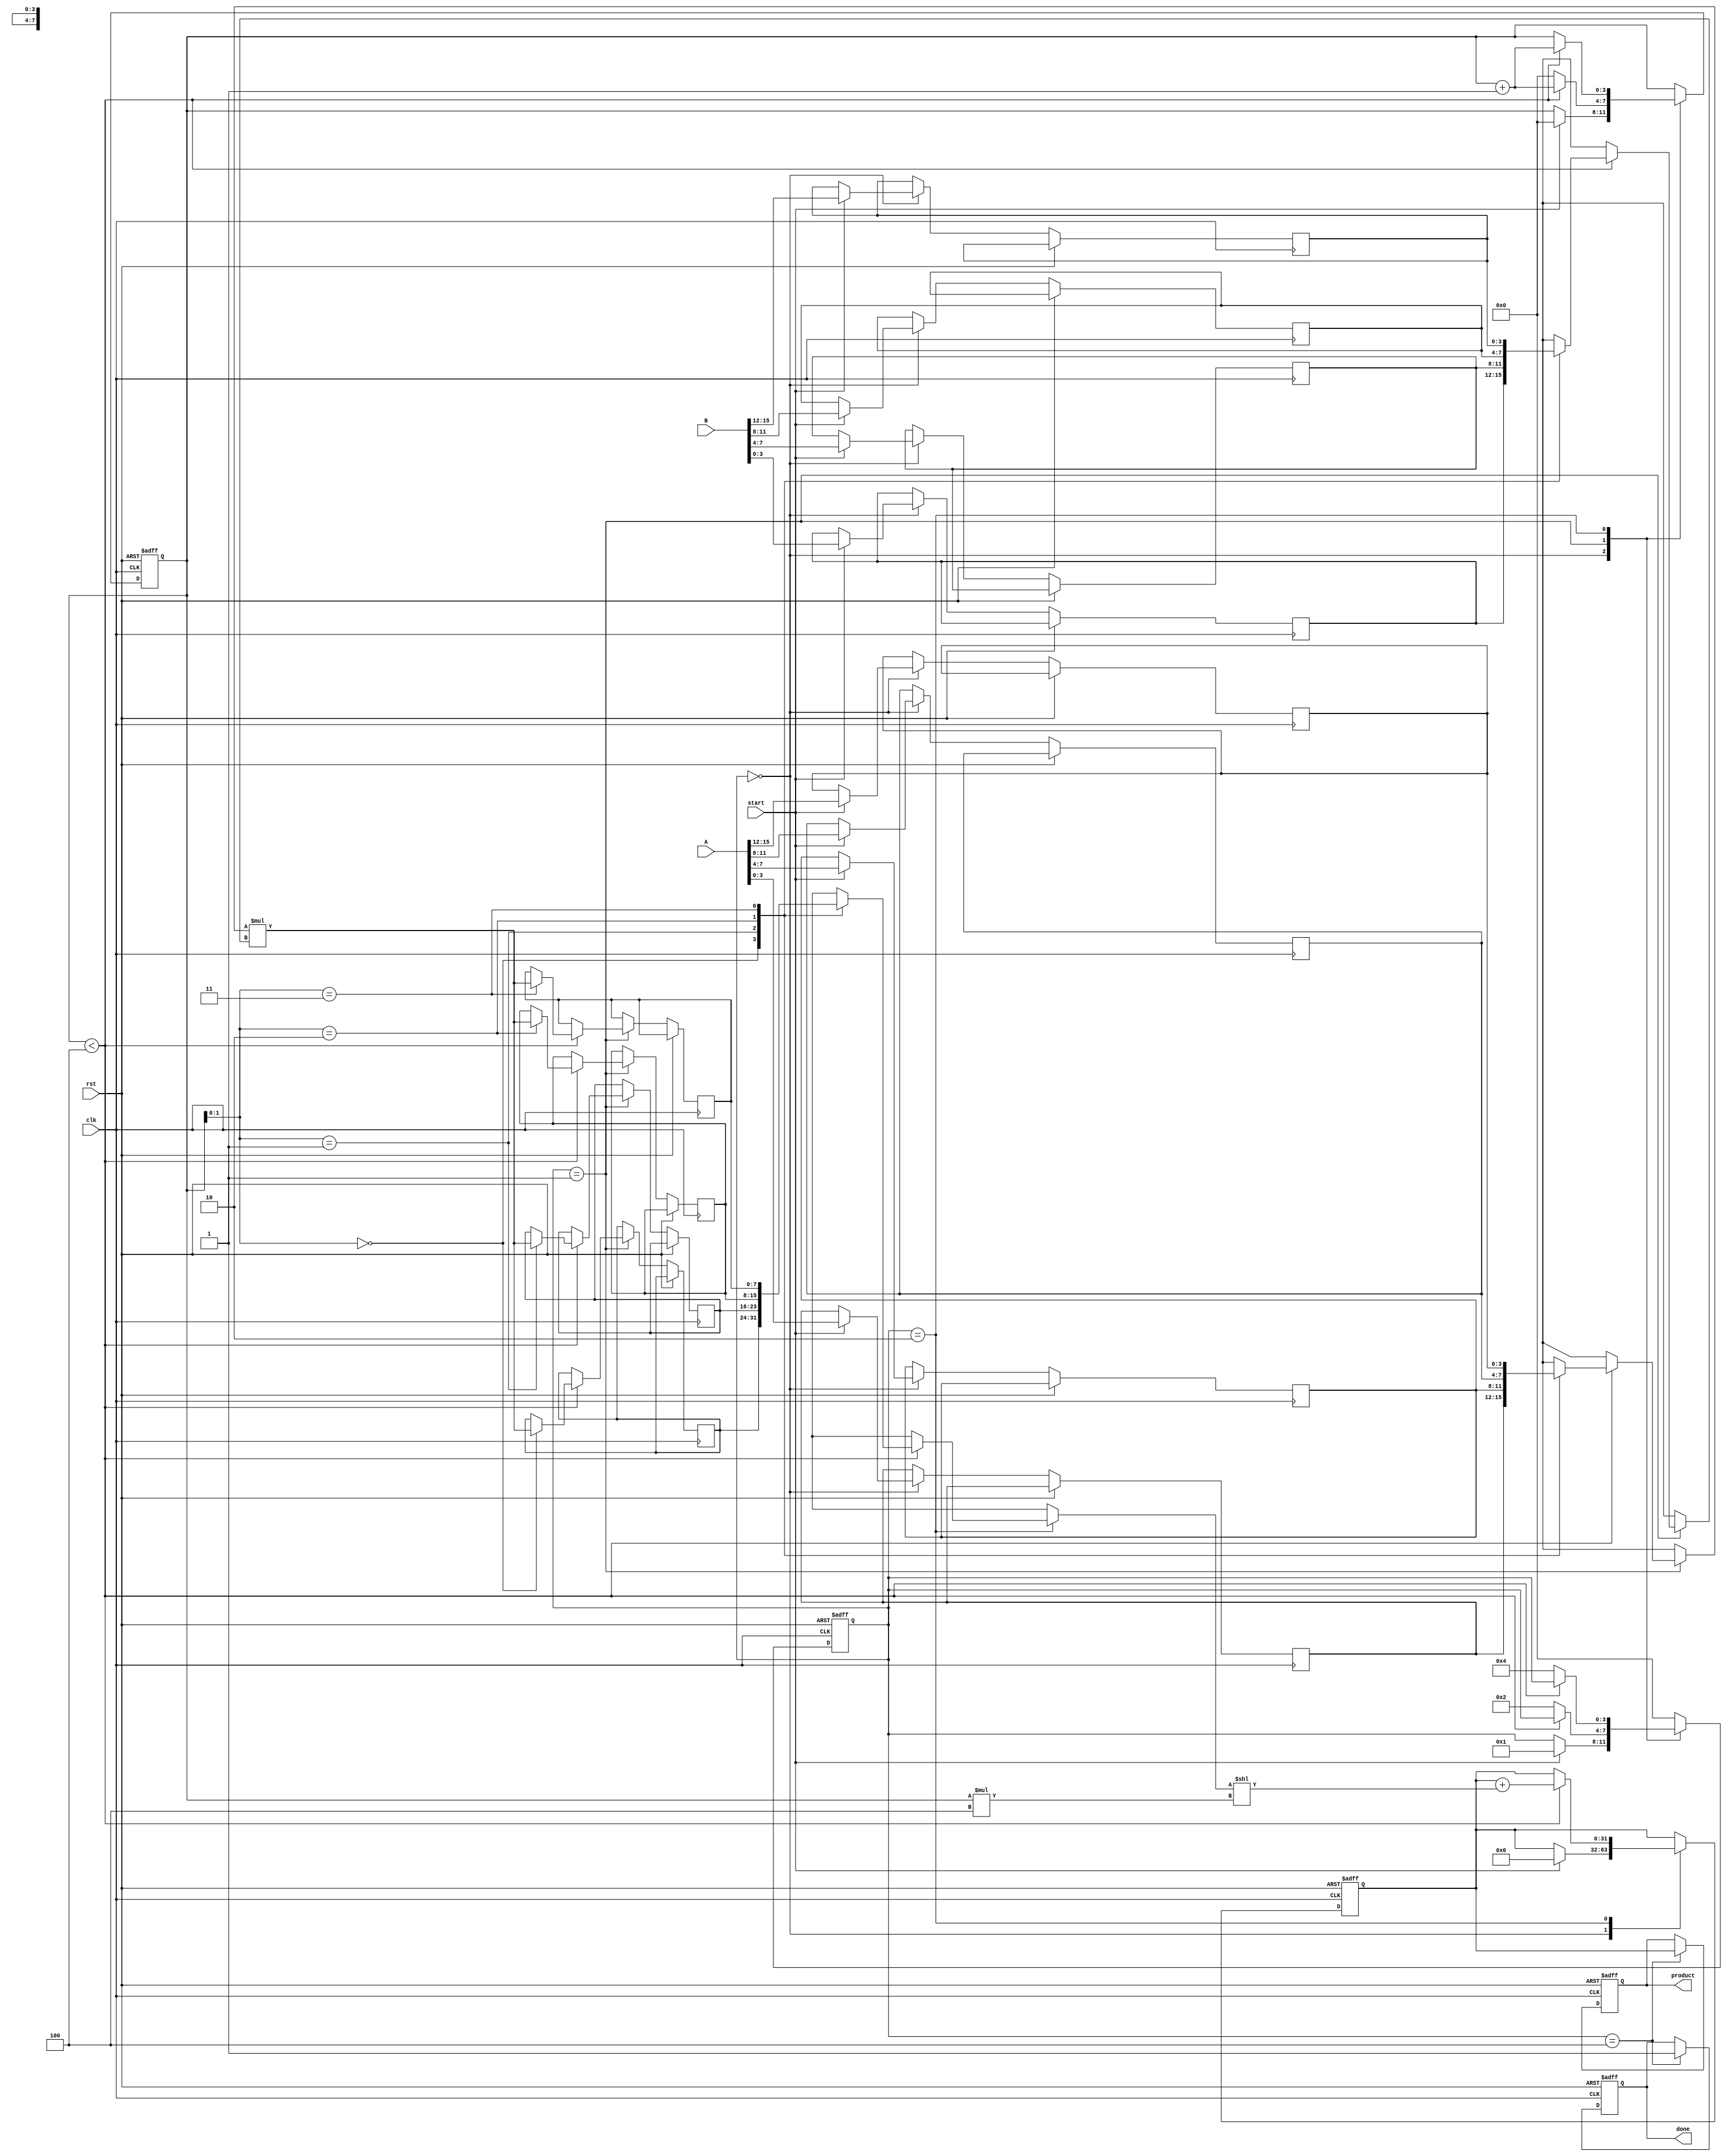
module pipelined_sliced_multiplier #(
    parameter DATA_WIDTH = 16,  // Total width of the operands
    parameter SLICE_WIDTH = 4    // Width of each slice
)(
    input wire clk,
    input wire rst,
    input wire [DATA_WIDTH-1:0] A,
    input wire [DATA_WIDTH-1:0] B,
    input wire start,
    output reg [2*DATA_WIDTH-1:0] product,
    output reg done
);

    localparam NUM_SLICES = DATA_WIDTH / SLICE_WIDTH;
    
    reg [SLICE_WIDTH-1:0] A_slices [0:NUM_SLICES-1];
    reg [SLICE_WIDTH-1:0] B_slices [0:NUM_SLICES-1];
    reg [2*SLICE_WIDTH-1:0] partial_products [0:NUM_SLICES-1];
    
    reg [3:0] state; // State for control logic
    reg [3:0] slice_index; // Current slice index
    reg [2*DATA_WIDTH-1:0] accumulated_product; // Accumulated product

    // State encoding
    localparam IDLE = 0;
    localparam LOAD_SLICES = 1;
    localparam COMPUTE = 2;
    localparam ACCUMULATE = 3;
    localparam DONE = 4;

    // Slice the inputs
    integer i;
    always @(posedge clk or posedge rst) begin
        if (rst) begin
            state <= IDLE;
            done <= 0;
            product <= 0;
            slice_index <= 0;
            accumulated_product <= 0;
        end else begin
            case (state)
                IDLE: begin
                    if (start) begin
                        // Load slices
                        for (i = 0; i < NUM_SLICES; i = i + 1) begin
                            A_slices[i] <= A[(i+1)*SLICE_WIDTH-1 -: SLICE_WIDTH];
                            B_slices[i] <= B[(i+1)*SLICE_WIDTH-1 -: SLICE_WIDTH];
                        end
                        state <= LOAD_SLICES;
                        slice_index <= 0;
                        accumulated_product <= 0;
                    end
                end

                LOAD_SLICES: begin
                    if (slice_index < NUM_SLICES) begin
                        // Compute partial product for the current slice
                        partial_products[slice_index] <= A_slices[slice_index] * B_slices[slice_index];
                        slice_index <= slice_index + 1;
                    end else begin
                        state <= COMPUTE;
                        slice_index <= 0;
                    end
                end

                COMPUTE: begin
                    if (slice_index < NUM_SLICES) begin
                        // Accumulate the partial products
                        accumulated_product <= accumulated_product + (partial_products[slice_index] << (slice_index * SLICE_WIDTH));
                        slice_index <= slice_index + 1;
                    end else begin
                        state <= DONE;
                    end
                end

                DONE: begin
                    product <= accumulated_product;
                    done <= 1;
                    state <= IDLE; // Reset to IDLE after completion
                end

                default: state <= IDLE;
            endcase
        end
    end
endmodule